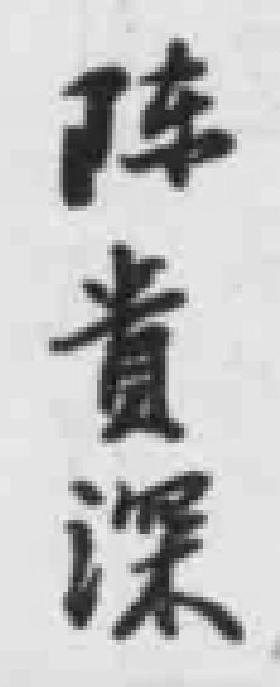
阵貴深